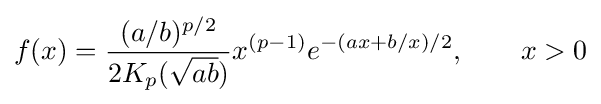
f(x)={\frac {(a/b)^{p/2}}{2K_{p}({\sqrt {ab}})}}x^{(p-1)}e^{-(ax+b/x)/2},\qquad x>0